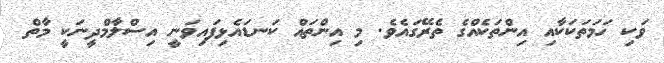
ވަކި ހަމަތަކަކާއި އިންތަކެއްގެ ތެރޭގައެވެ. މި އިންތައް ކަނޑައެޅިފައިވަނީ އިސްލާމްދީނަކީ މާތް